38_143685_box_Incident_Summaries_173-233
Agency: Department of War
Page 101
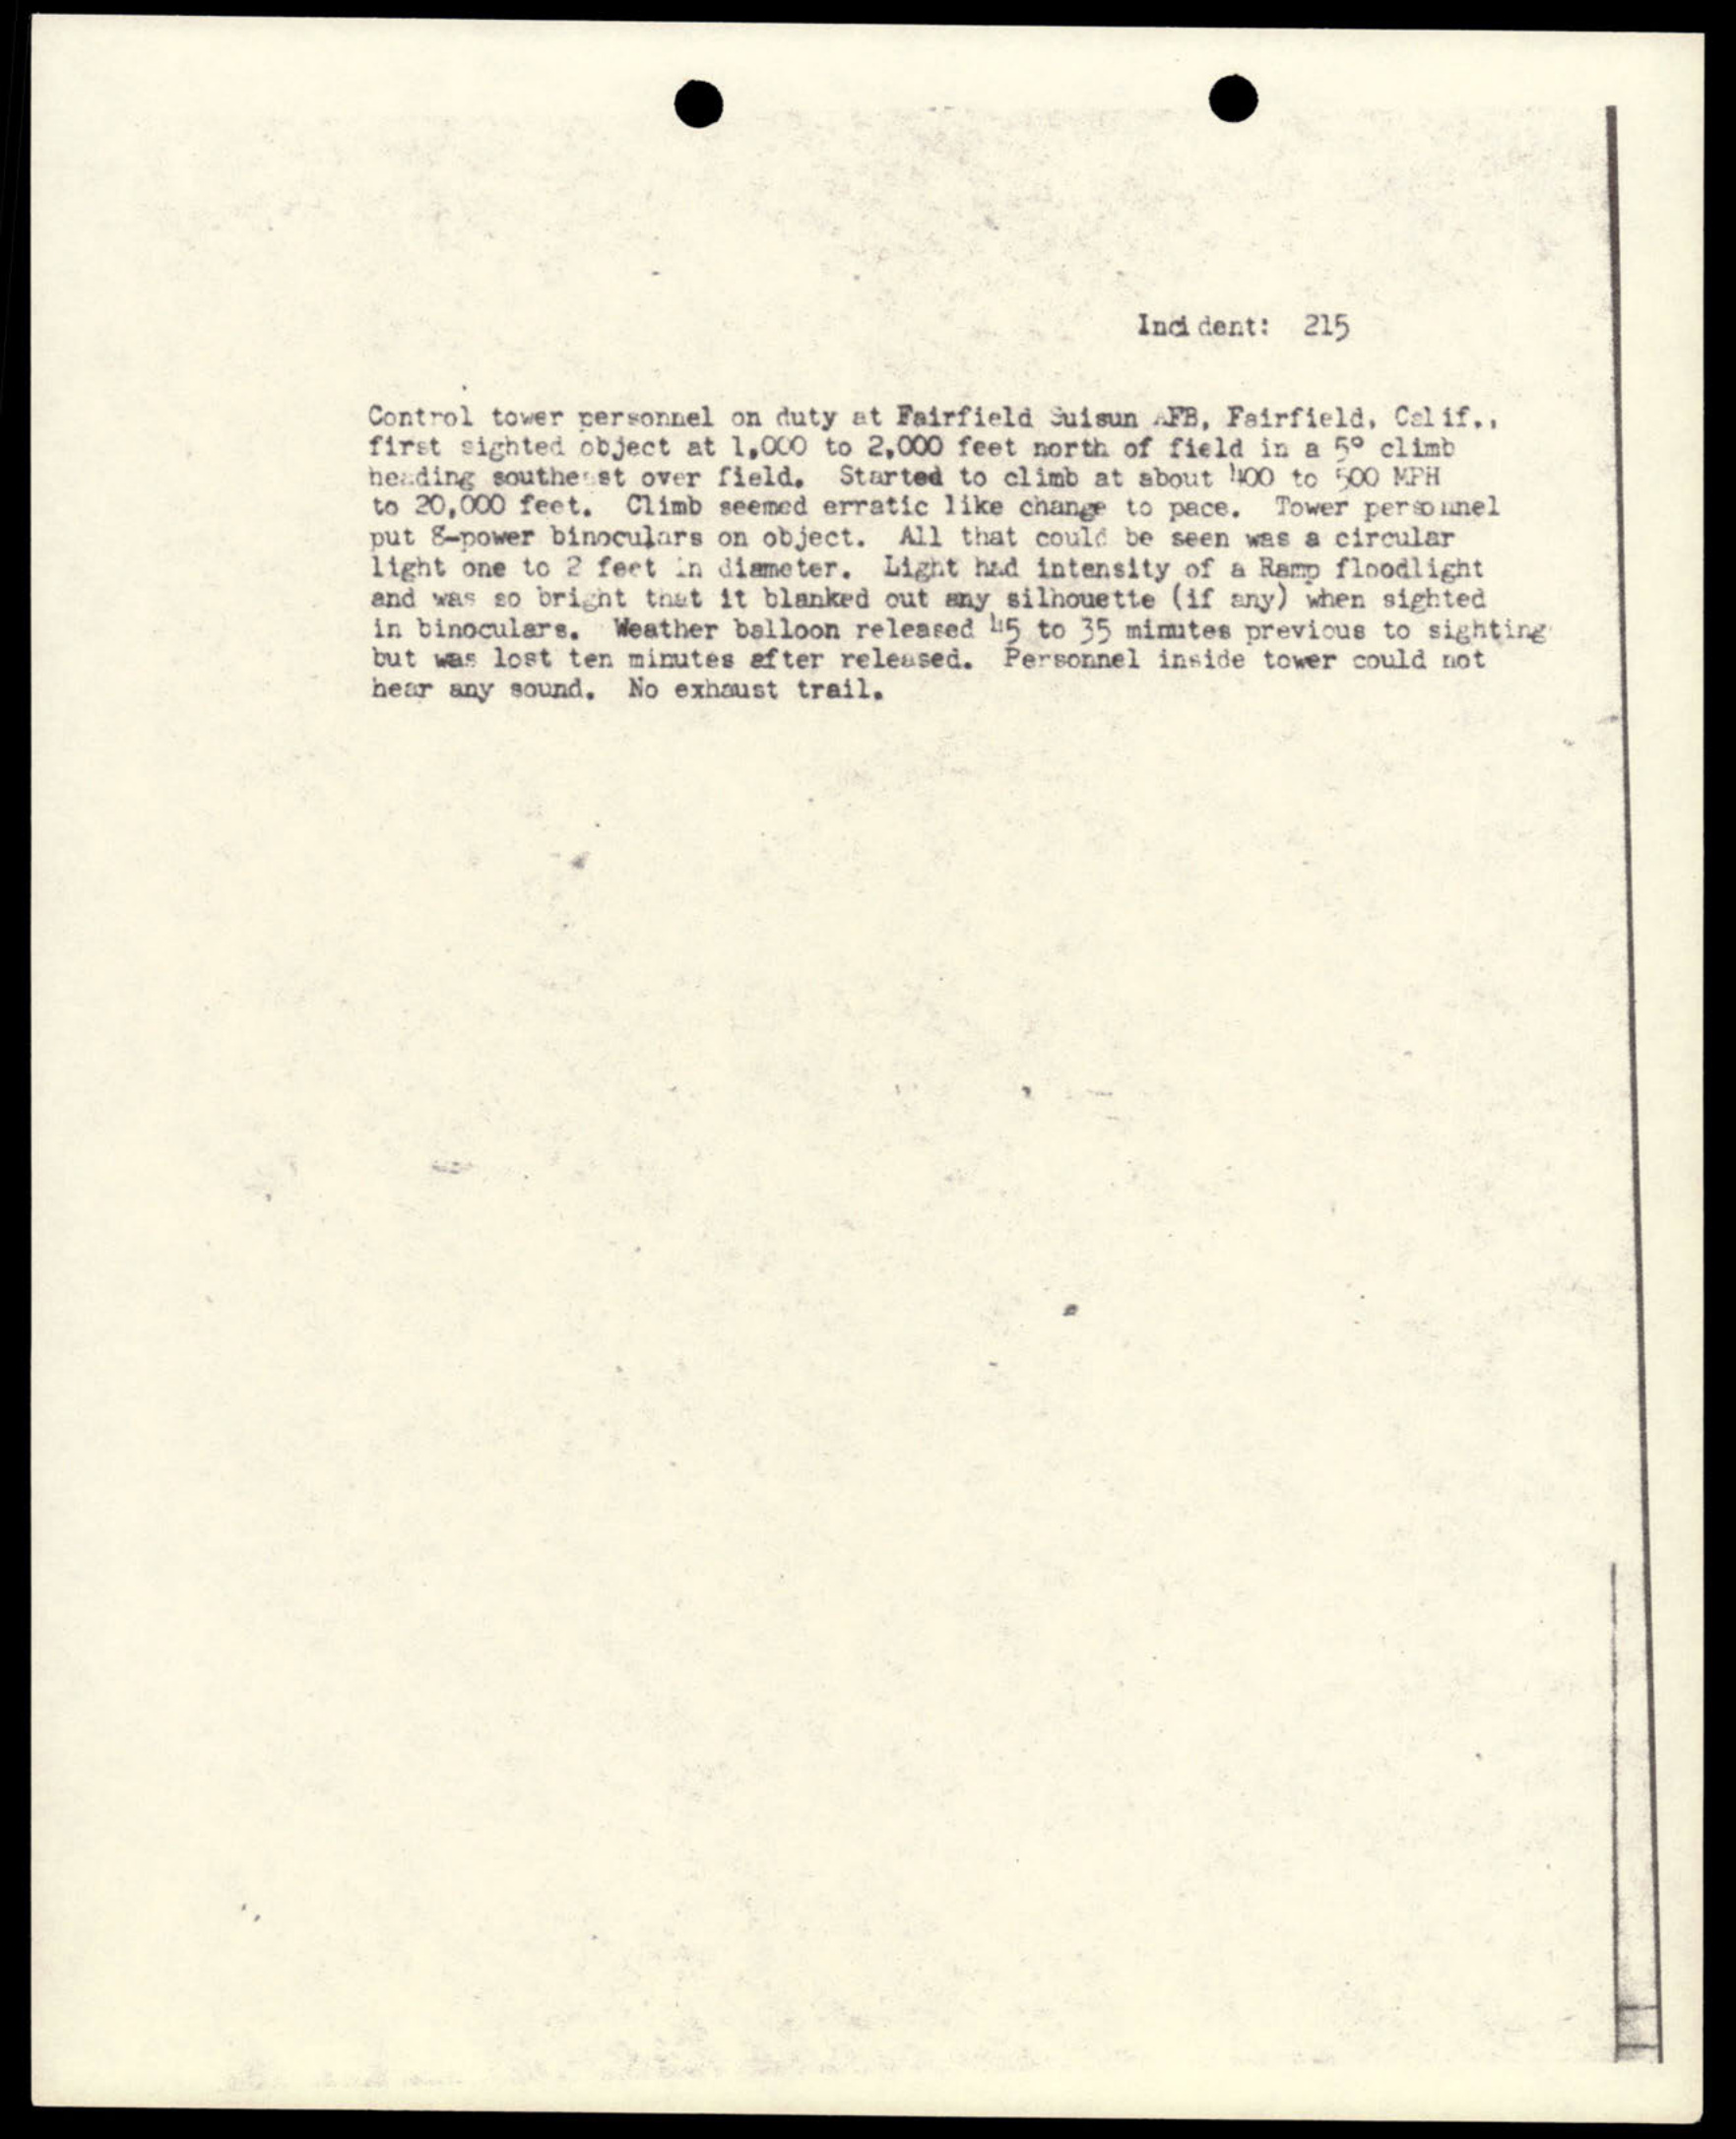